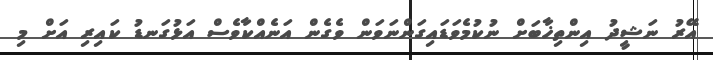
އޭރު ނަޝީދު އިންތިޚާބަށް ނުކުމެވަޑައިގަންނަވަން ވެގެން އަނެއްކާވެސް އަޅުގަނޑު ކައިރި އަށް މި